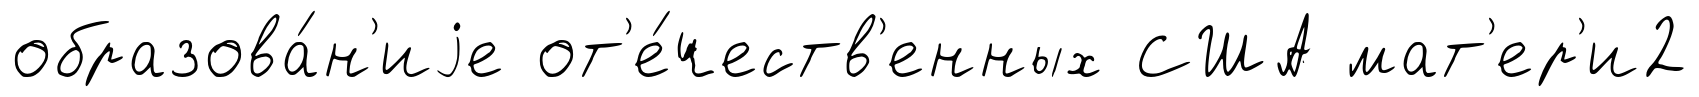
образова́н'иjе от'е́честв'енных США мат'ер'и2